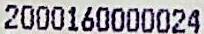
2000160000024